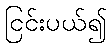
ငြင်းပယ်၍